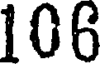
106